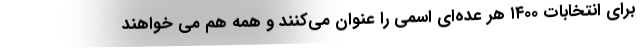
برای انتخابات ۱۴۰۰ هر عده‌ای اسمی را عنوان می‌کنند و همه هم می خواهند